Ministerio: exteriores — Archivo: AGMAE-R39017
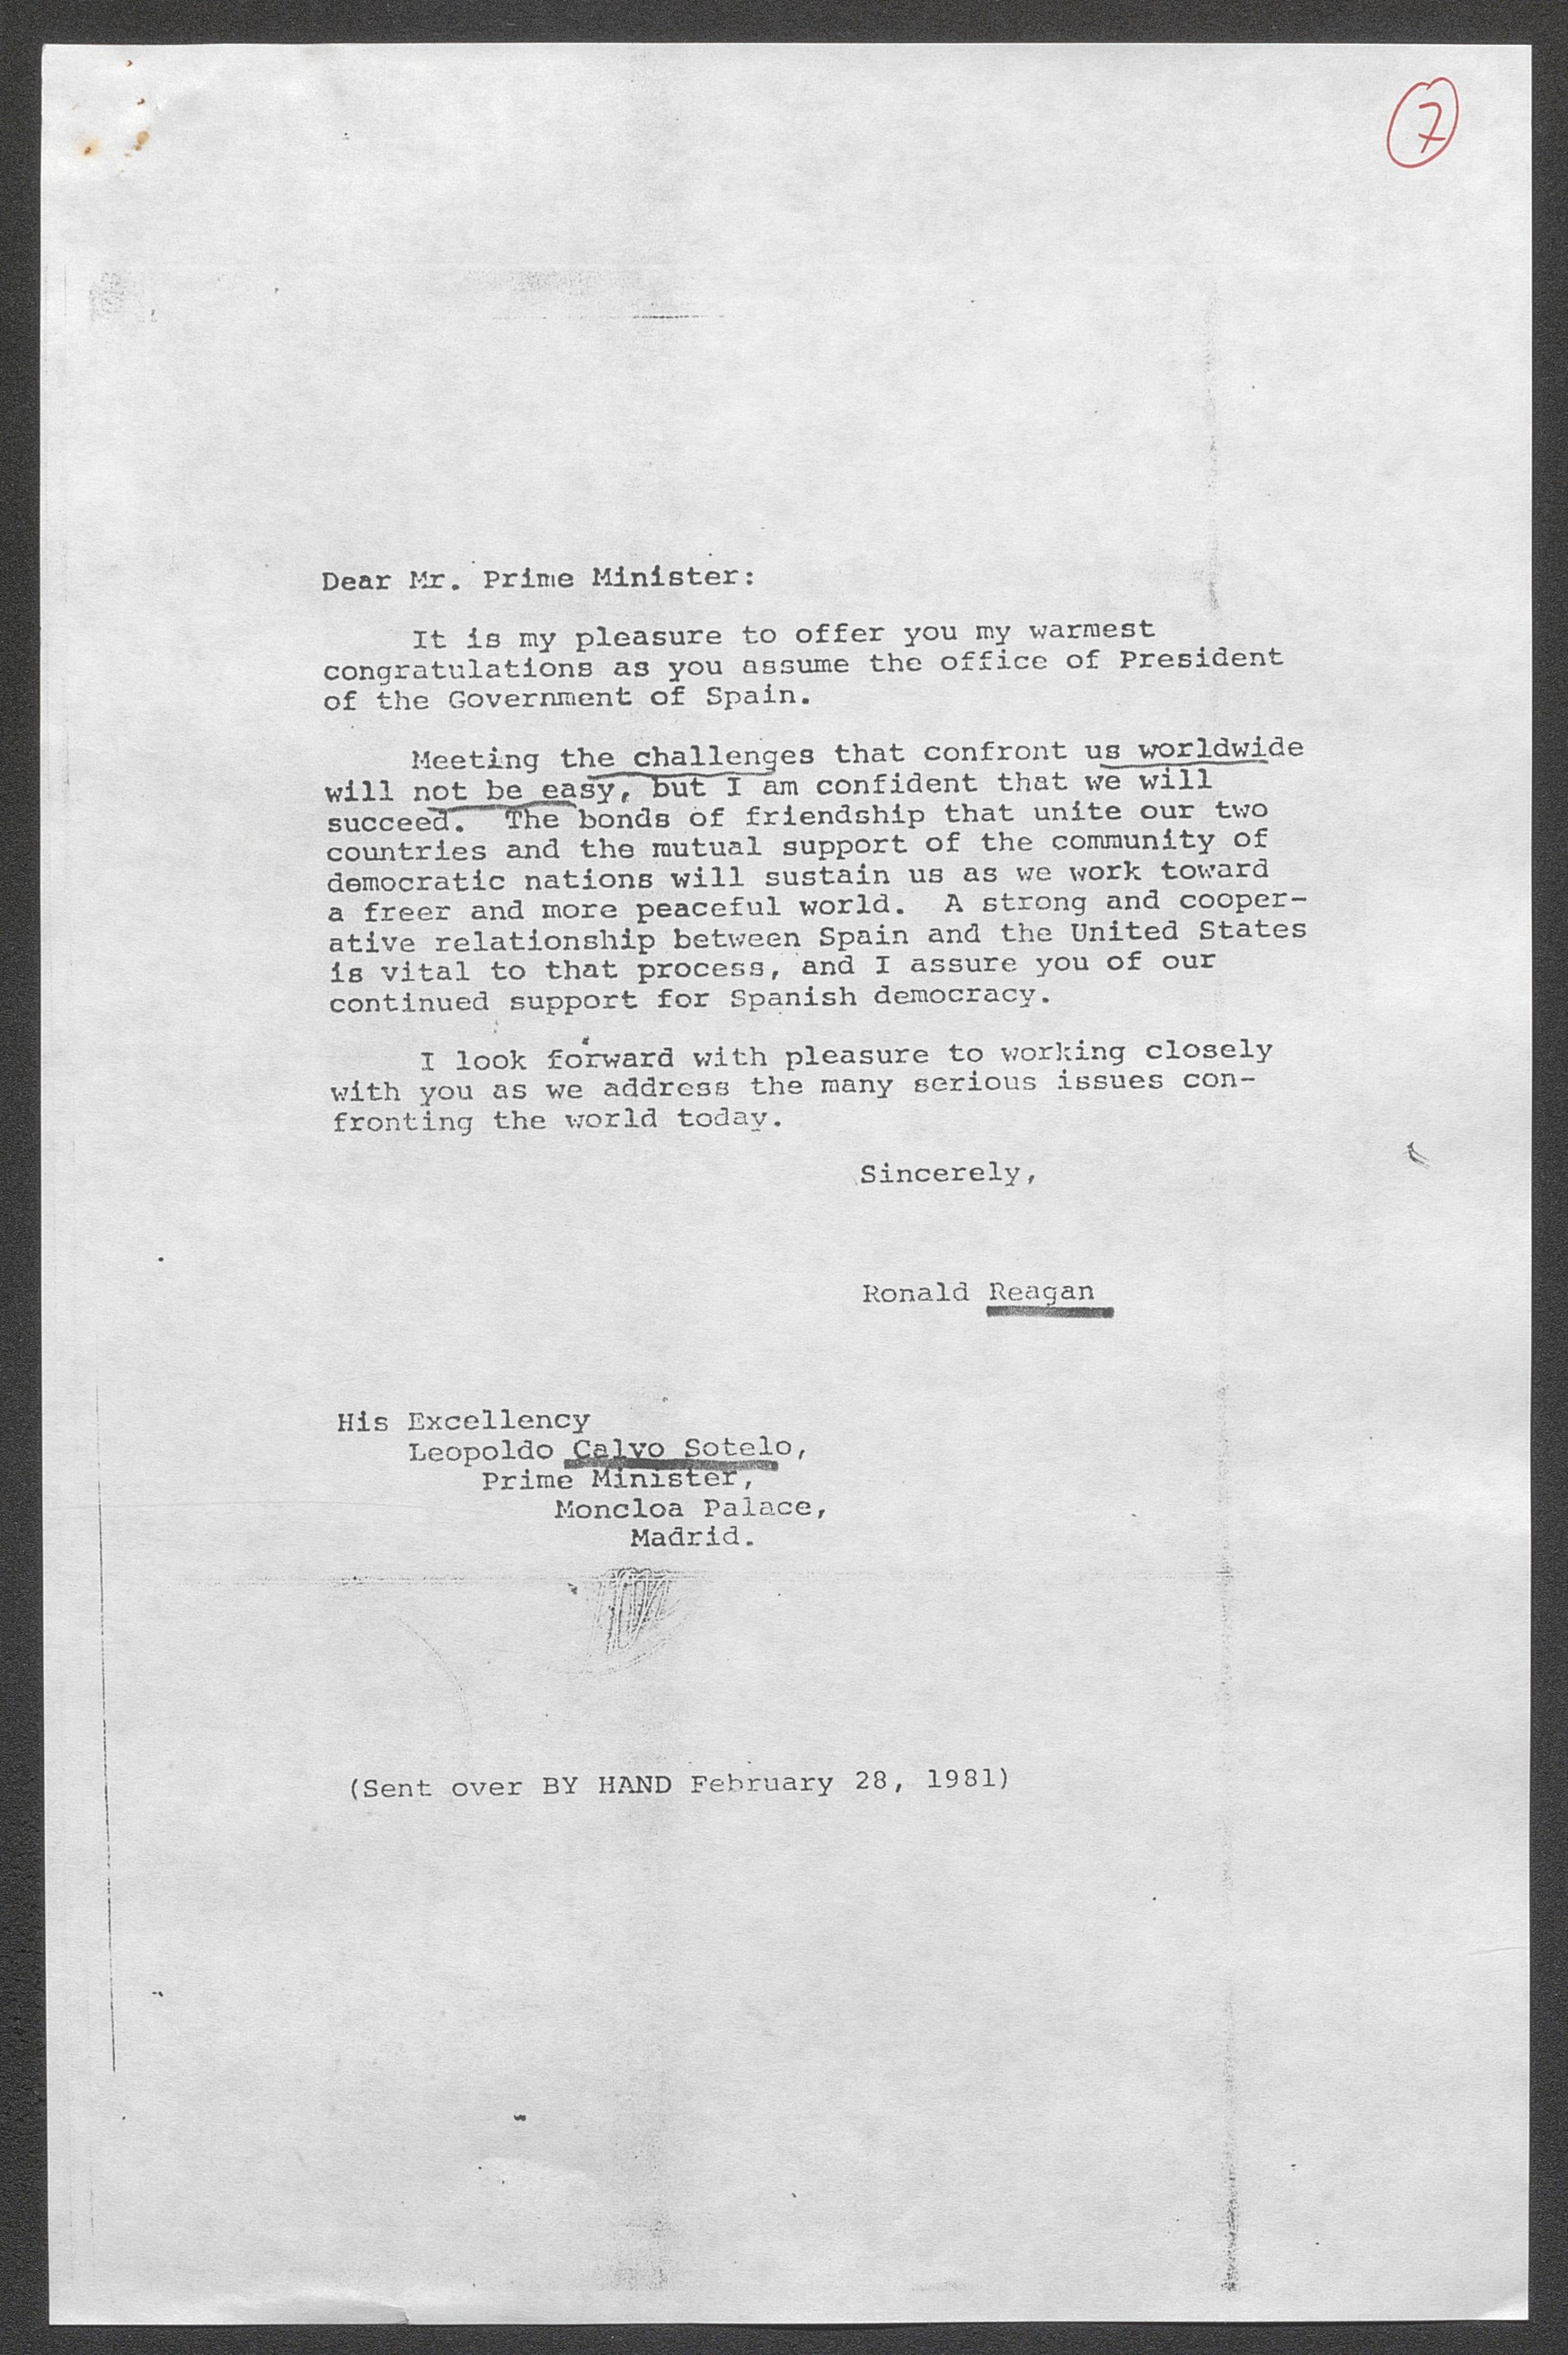
Dear Mr. Prime Minister:

It is my pleasure to offer you my warmest congratulations as you assume the office of President of the Government of Spain.

Meeting the challenges that confront us worldwide will not be easy, but I am confident that we will succeed. The bonds of friendship that unite our two countries and the mutual support of the community of democratic nations will sustain us as we work toward a more peaceful world.

(Sent over BY HAND February 28, 1981)